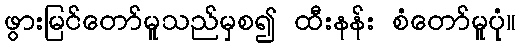
ဖွားမြင်တော်မူသည်မှစ၍ ထီးနန်း စံတော်မူပုံ။